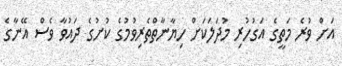
އަށް ވުރެ މަތީގެ އަގުހުރި މުދަލަކަށް ހިޔާނާތްތެރިވުމުގެ ކުށުގެ ދައުވާ ވެސް އޭނާގެ